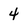
Character: 4